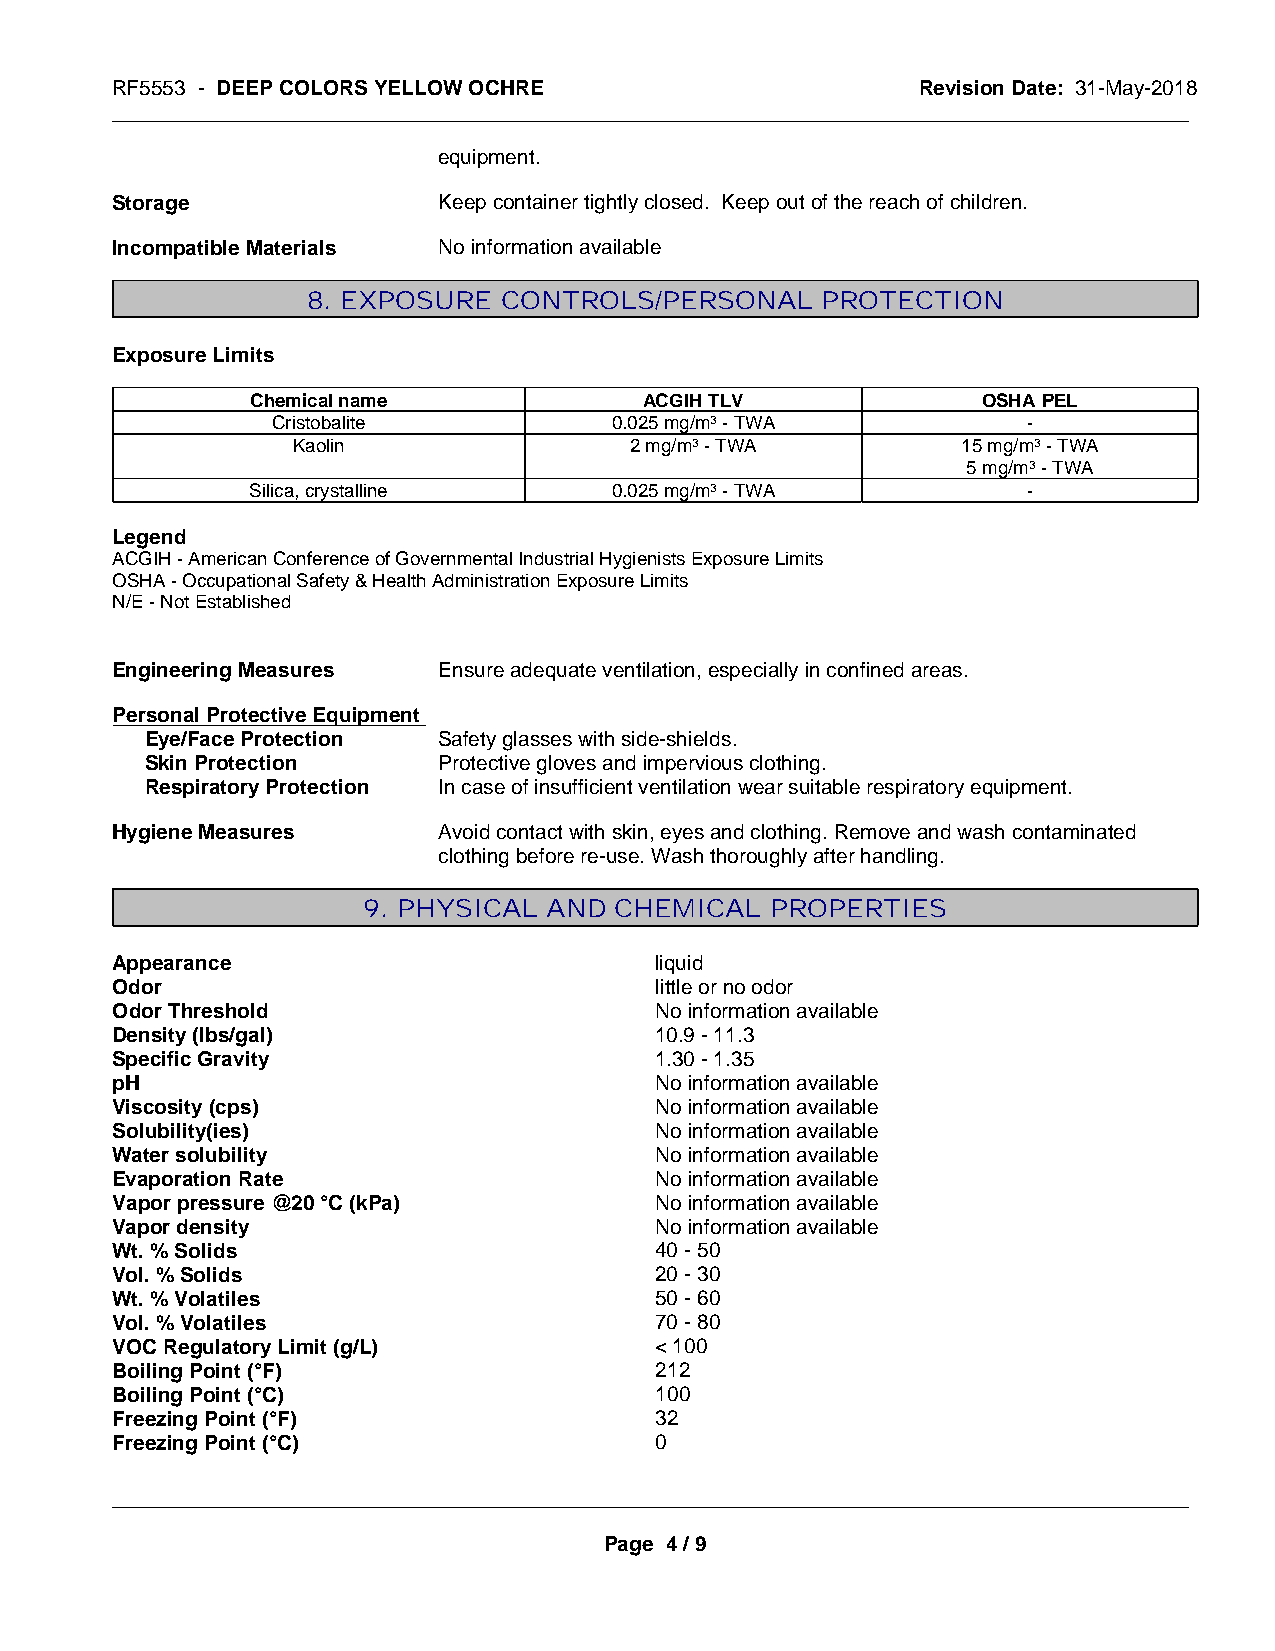
RF5553 - DEEP COLORS YELLOW OCHRE                     Revision Date: 31-May-2018
 _____________________________________________________________________________________________
 equipment.
 Storage               Keep container tightly closed. Keep out of the reach of children.
 Incompatible Materials No information available
 8. EXPOSURE  CONTROLS/PERSONAL    PROTECTION
 Exposure Limits
 Chemical name             ACGIH TLV             OSHA PEL
 Cristobalite          0.025 mg/m3 - TWA           -
 Kaolin                 2 mg/m3 - TWA         15 mg/m3 - TWA
 5 mg/m3 - TWA
 Silica, crystalline    0.025 mg/m3 - TWA           -
 Legend
 ACGIH - American Conference of Governmental Industrial Hygienists Exposure Limits
 OSHA - Occupational Safety & Health Administration Exposure Limits
 N/E - Not Established
 Engineering Measures  Ensure adequate ventilation, especially in confined areas.
 Personal Protective Equipment
 Eye/Face Protection Safety glasses with side-shields.
 Skin Protection    Protective gloves and impervious clothing.
 Respiratory Protection In case of insufficient ventilation wear suitable respiratory equipment.
 Hygiene Measures      Avoid contact with skin, eyes and clothing. Remove and wash contaminated
 clothing before re-use. Wash thoroughly after handling.
 9. PHYSICAL AND  CHEMICAL  PROPERTIES
 Appearance                          liquid
 Odor                                little or no odor
 Odor Threshold                      No information available
 Density (lbs/gal)                   10.9 - 11.3
 Specific Gravity                    1.30 - 1.35
 pH                                  No information available
 Viscosity (cps)                     No information available
 Solubility(ies)                     No information available
 Water solubility                    No information available
 Evaporation Rate                    No information available
 Vapor pressure @20 °C (kPa)         No information available
 Vapor density                       No information available
 Wt. % Solids                        40 - 50
 Vol. % Solids                       20 - 30
 Wt. % Volatiles                     50 - 60
 Vol. % Volatiles                    70 - 80
 VOC Regulatory Limit (g/L)          < 100
 Boiling Point (°F)                  212
 Boiling Point (°C)                  100
 Freezing Point (°F)                 32
 Freezing Point (°C)                 0
 _____________________________________________________________________________________________
 Page 4 / 9